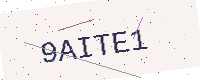
Text: 9AITE1